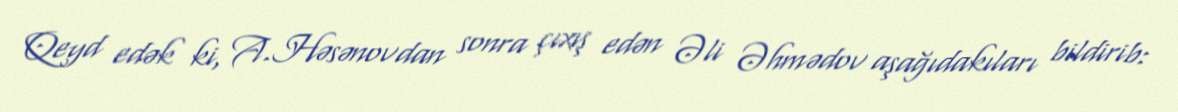
Qeyd edək ki, A.Həsənovdan sonra çıxış edən Əli Əhmədov aşağıdakıları bildirib: